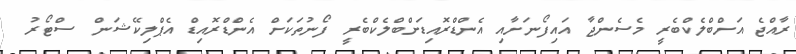
ރާއްޖެ އަށްބްލެކްބެރީ މެސެންޖާ އައިފޯނަށާއި އެންޑްރޮއިޑަށްބްލެކްބެރީ ފޯނުތަކަށް އެންޑްރޮއިޑް އެޕްލިކޭޝަން ސްޓޯރު